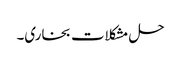
حل مشکلات بخاری۔